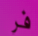
فر